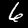
Digit: 6